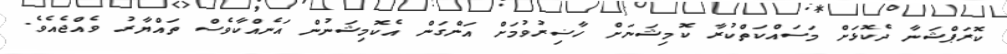
ކޮރަޕްޝަނާ ދެކޮޅަށް މަސައްކަތްކުރާ ކޮމިޝަނަށް ހާޟިރުވުމަށް އަންގަން އެކޮމިޝަނުން އަނެއްކާވެސް ތައްޔާރު ވެއްޖެއެވެ.